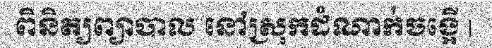
ពិនិត្យព្យាបាល នៅស្រុកដំណាក់ចង្អើ |